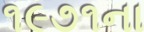
૧૯૭૧ના